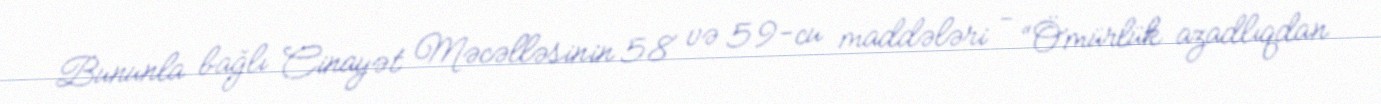
Bununla bağlı Cinayət Məcəlləsinin 58 və 59-cu maddələri - “Ömürlük azadlıqdan